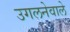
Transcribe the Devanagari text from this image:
उगलनेवाले